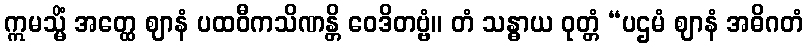
ဣမသ္မိံ အတ္ထေ ဈာနံ ပထဝီကသိဏန္တိ ဝေဒိတဗ္ဗံ။ တံ သန္ဓာယ ဝုတ္တံ “ပဌမံ ဈာနံ အဓိဂတံ